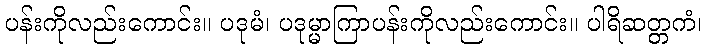
ပန်းကိုလည်းကောင်း။ ပဒုမံ၊ ပဒုမ္မာကြာပန်းကိုလည်းကောင်း။ ပါရိဆတ္တကံ၊